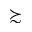
\succsim